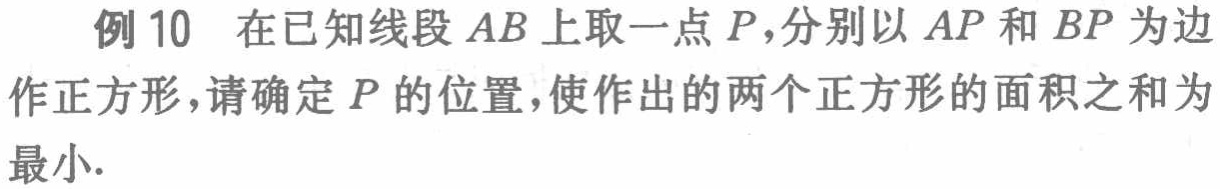
例 10 在已知线段 \(AB\) 上取一点 \(P\)，分别以 \(AP\) 和 \(BP\) 为边作正方形，请确定 \(P\) 的位置，使作出的两个正方形的面积之和为最小.